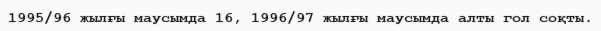
1995/96 жылғы маусымда 16, 1996/97 жылғы маусымда алты гол соқты.